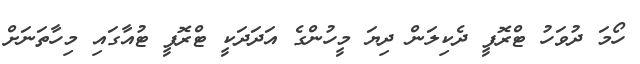
ހޯމަ ދުވަހު ޓްރޮފީ ދެކިލަން ދިޔަ މީހުންގެ އަދަދަކީ ޓްރޮފީ ޓުއާގައި މިހާތަނަށް